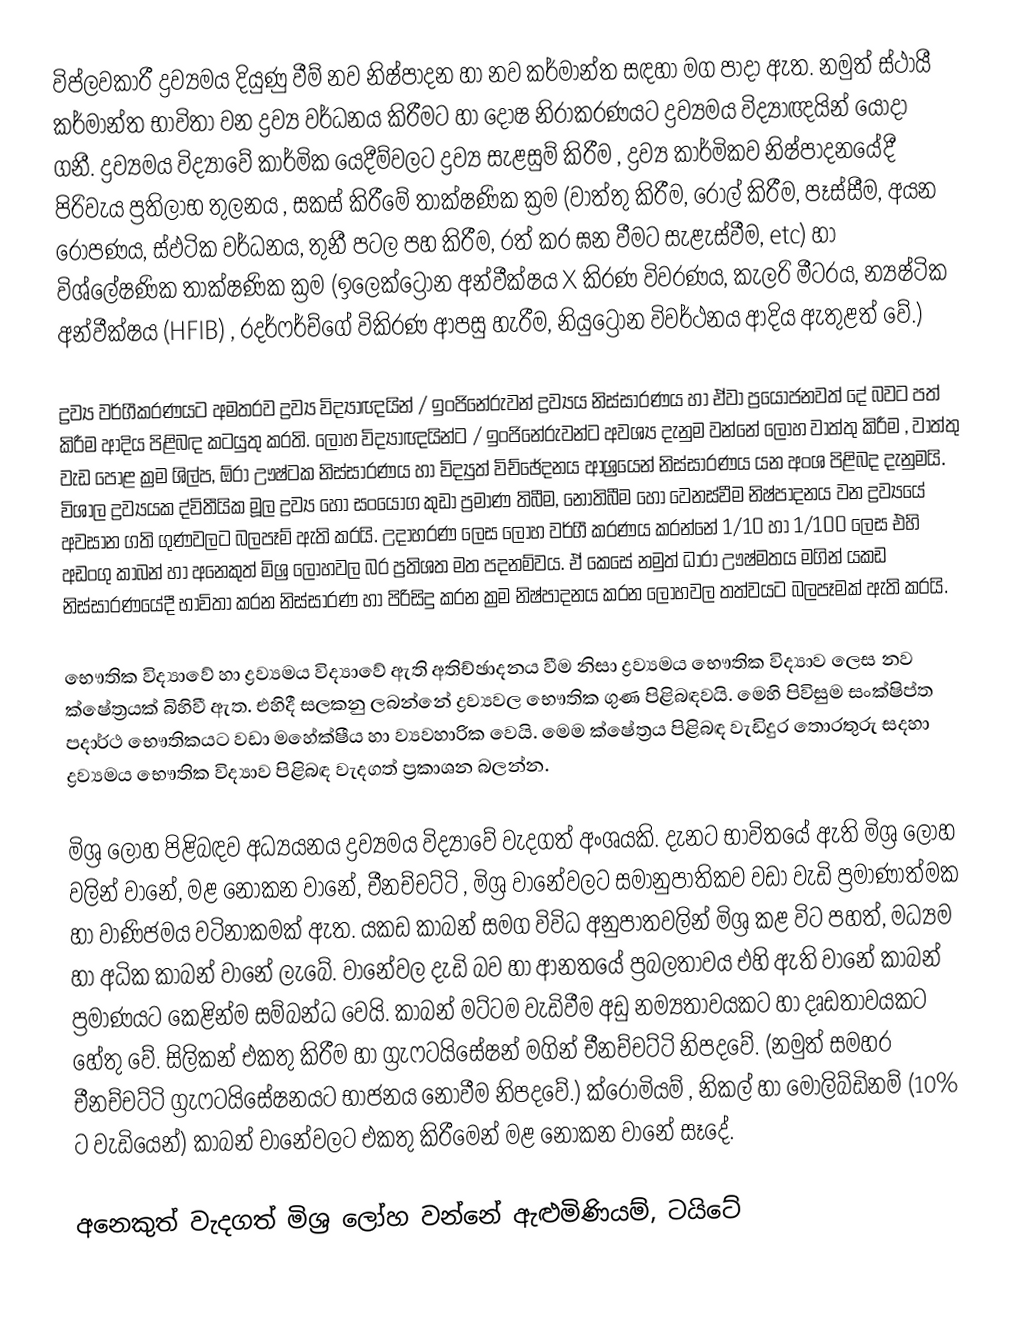
විප්ලවකාරී ද්‍රව්‍යමය දියුණු වීම් නව නිෂ්පාදන හා නව කර්මාන්ත සඳහා මග පාදා ඇත. නමුත් ස්ථායී කර්මාන්ත භාවිතා වන ද්‍රව්‍ය වර්ධනය කිරීමට හ‍ා දෝෂ නිරාකරණයට ද්‍රව්‍යමය විද්‍යාඥයින් යොදා ගනී. ද්‍රව්‍යමය විද්‍යාවේ කාර්මික යෙදීම්වලට ද්‍රව්‍ය සැළසුම් කිරීම , ද්‍රව්‍ය කාර්මිකව නිෂ්ප‍ාදනයේදී පිරිවැය ප්‍රතිලාභ තුලනය , සකස් කිරීමේ තාක්ෂණික ක්‍රම (වාත්තු කිරීම, රෝල් කිරීම, පෑස්සීම, අයන රෝපණය, ස්ඵටික වර්ධනය, තුනී පටල පහ කිරීම, රත් කර ඝන වීමට සැළැස්වීම, etc)  හා විශ්ලේෂණික තාක්ෂණික ක්‍රම (ඉලෙක්ට්‍රෝන අන්වීක්ෂය X කිරණ විවරණය, කැලරි මීටරය, න්‍යෂ්ටික අන්වීක්ෂය (HFIB) , රදර්ෆර්ච්ගේ විකිරණ ආපසු හැරීම, නියුට්‍රෝන විවර්ථනය ආදිය ඇතුළත් වේ.)

ද්‍රව්‍ය වර්ගීකරණයට අමතරව ද්‍රව්‍ය විද්‍යාඥයින් / ඉංජිනේරුවන් ද්‍රව්‍යය නිස්සාරණය හා ඒවා ප්‍රයෝජනවත් ‍දේ බවට පත් කිරීම ආදිය පිළිබඳ කටයුතු කරති. ලෝහ විද්‍යාඥයින්ට / ඉංජිනේරුවන්ට අවශ්‍ය දැනුම වන්නේ ලෝහ වාත්තු කිරීම , වාත්තු වැඩ පොළ ක්‍රම ශිල්ප, ඕරා ඌෂ්ටක නිස්සාරණය හා විද්‍යුත් විච්ඡේදනය ආශ්‍රයෙන් නිස්සාරණය යන අංශ පිළිබද දැනුමයි. විශාල ද්‍රව්‍යයක ද්විතීයික මූල ද්‍රව්‍ය හෝ සංයෝග කුඩා ප්‍රමාණ තිබීම, නොතිබීම හෝ වෙනස්වීම නිෂ්පාදනය වන ද්‍රව්‍යයේ අවසාන ගති ගුණවලට බලපෑම් ඇති කරයි. උදාහරණ ලෙස ලෝහ වර්ගී කරණය කරන්නේ 1/10 හා 1/100  ලෙස එහි අඩංගු කාබන් හා අනෙකුත් මිශ්‍ර ලෝහවල බර ප්‍රතිශත මත පදනම්වය. ඒ කෙසේ නමුත් ධාරා ඌෂ්මතය මගින් යකඩ නිස්සාරණයේදී භාවිතා කරන නිස්සාරණ හා පිරිසිදු කරන ක්‍රම නිෂ්පාදනය කරන ලෝහවල තත්වයට බලපෑමක් ඇති කරයි.

භෞතික විද්‍යාවේ හා ද්‍රව්‍යමය විද්‍යාවේ ඇති අතිච්ඡාදනය වීම නිසා ද්‍රව්‍යමය භෞතික විද්‍යාව ලෙස නව ක්ෂේත්‍රයක් බිහිවී ඇත. එහිදී සලකනු ලබන්නේ ද්‍රව්‍යවල භෞතික ගුණ පිළිබඳවයි. මෙහි පිවිසුම සංක්ෂිප්ත පදාර්ථ භෞතිකයට වඩා මහේක්ෂීය හා ව්‍යවහාරික වෙයි. මෙම ක්ෂේත්‍රය පිළිබඳ වැඩිදුර තොරතුරු සදහා ද්‍රව්‍යමය භෞතික විද්‍යාව පිළිබඳ වැදගත් ප්‍රකාශන බලන්න.

 මිශ්‍ර ලෝහ පිළිබඳව අධ්‍යයනය ද්‍රව්‍යමය විද්‍යාවේ වැදගත් අංශයකි. දැනට භාවිතයේ ඇති මිශ්‍ර ලෝහ වලින් වානේ, මළ නොකන වානේ, චීනච්චට්ටි , මිශ්‍ර වානේවලට සමානුපාතිකව වඩා වැඩි ප්‍රමාණාත්මක හා වාණිජමය වටිනාකමක් ඇත. යකඩ කාබන් සමග විවිධ අනුපාතවලින් මිශ්‍ර කළ විට පහත්, මධ්‍යම හා අධික කාබන් වානේ ලැබේ. ව‍ානේවල දැඩි බව හා ආනතයේ ප්‍රබලතාවය එහි ඇති වානේ කාබන් ප්‍රමාණයට කෙළින්ම සම්බන්ධ වෙයි. කාබන් මට්ටම වැඩිවීම අඩු නම්‍යතාවයකට හා දෘඩතාවයකට හේතු වේ. සිලිකන් එකතු කිරීම හා ග්‍රැෆටයිසේෂන් මගින් චීනච්චට්ටි නිපදවේ. (නමුත් සමහර චීනච්චට්ටි ග්‍රැෆටයිසේෂනයට භාජනය නොවීම නිපදවේ.) ක්රොමියම් , නිකල් හා මොලිබ්ඩිනම් (10% ‍ට වැඩියෙන්) කාබන් වානේවලට එකතු කිරීමෙන් මළ නොකන වානේ සෑදේ.

අනෙකුත් වැදගත් මිශ්‍ර ලෝහ වන්නේ ඇළුමිණියම්, ටයිටේ